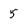
Character: 5